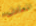
المعادن